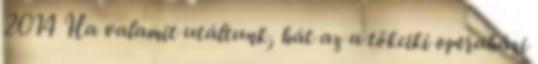
2014 Ha valamit utáltunk, hát az a tökciki operaházi